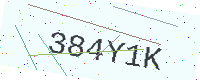
Text: 384Y1K